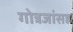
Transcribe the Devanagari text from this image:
गोत्रजांसह